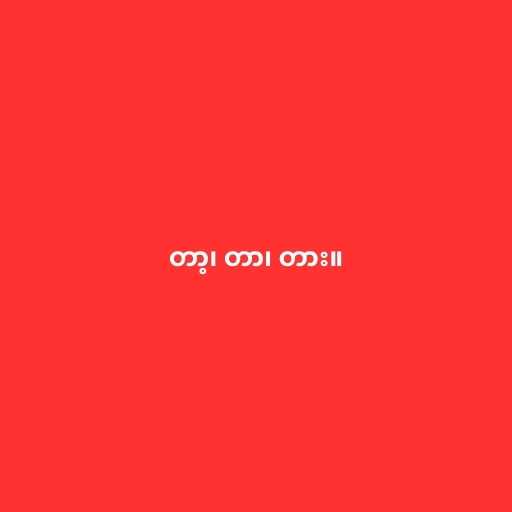
တာ့၊ တာ၊ တား။